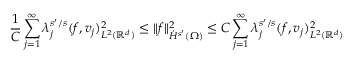
\frac 1 C \sum _ { j = 1 } ^ { \infty } \lambda _ { j } ^ { s ^ { \prime } / s } ( f , v _ { j } ) _ { L ^ { 2 } ( \mathbb { R } ^ { d } ) } ^ { 2 } \le \| f \| _ { \dot { H } ^ { s ^ { \prime } } ( \Omega ) } ^ { 2 } \le C \sum _ { j = 1 } ^ { \infty } \lambda _ { j } ^ { s ^ { \prime } / s } ( f , v _ { j } ) _ { L ^ { 2 } ( \mathbb { R } ^ { d } ) } ^ { 2 }